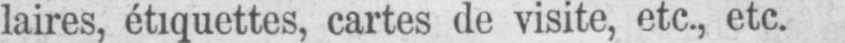
laires, étiquettes, cartes de visite, etc., etc.